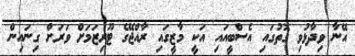
އޭނާ ވިދާޅުވި ގޮތުގައި އެސްބީއައި އަކީ މާޒީގައި ރާއްޖޭގެ ޓޫރިޒަމަށް ވަރަށް ގިނައިން